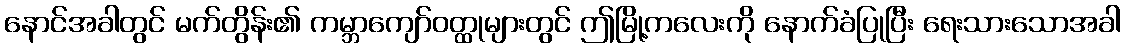
နောင်အခါတွင် မက်တွိန်း၏ ကမ္ဘာကျော်ဝတ္ထုများတွင် ဤမြို့ကလေးကို နောက်ခံပြုပြီး ရေးသားသောအခါ